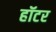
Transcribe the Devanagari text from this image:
हॉटर